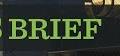
brief